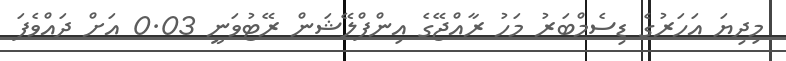
މިދިޔަ އަހަރުގެ ޑިސެމްބަރު މަހު ރާއްޖޭގެ އިންފްލޭޝަން ރޭޓުވަނީ 0.03 އަށް ދައްވެފަ